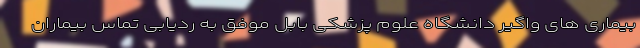
بیماری های واگیر دانشگاه علوم پزشکی بابل موفق به ردیابی تماس بیماران